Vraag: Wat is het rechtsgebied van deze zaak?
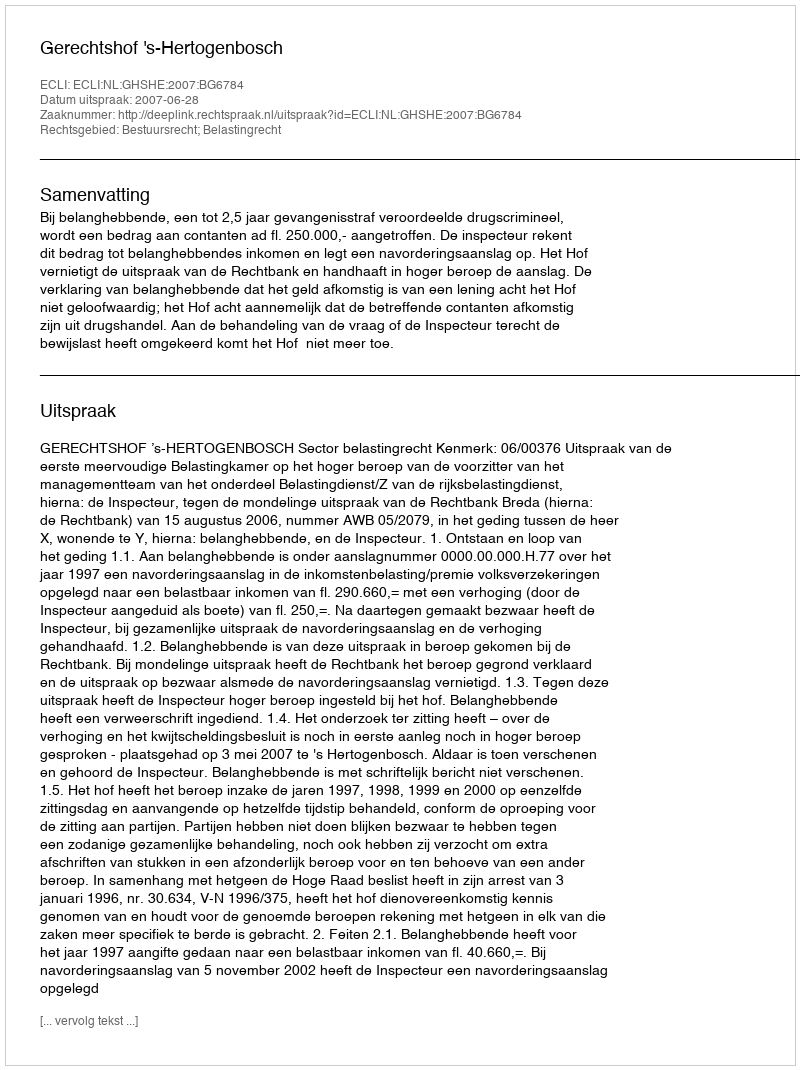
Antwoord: Bestuursrecht; Belastingrecht